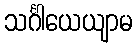
သင်္ဂါယေယျာမ